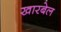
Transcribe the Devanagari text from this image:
खारबेल